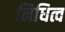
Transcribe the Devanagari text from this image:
निधित्व